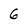
Character: 6